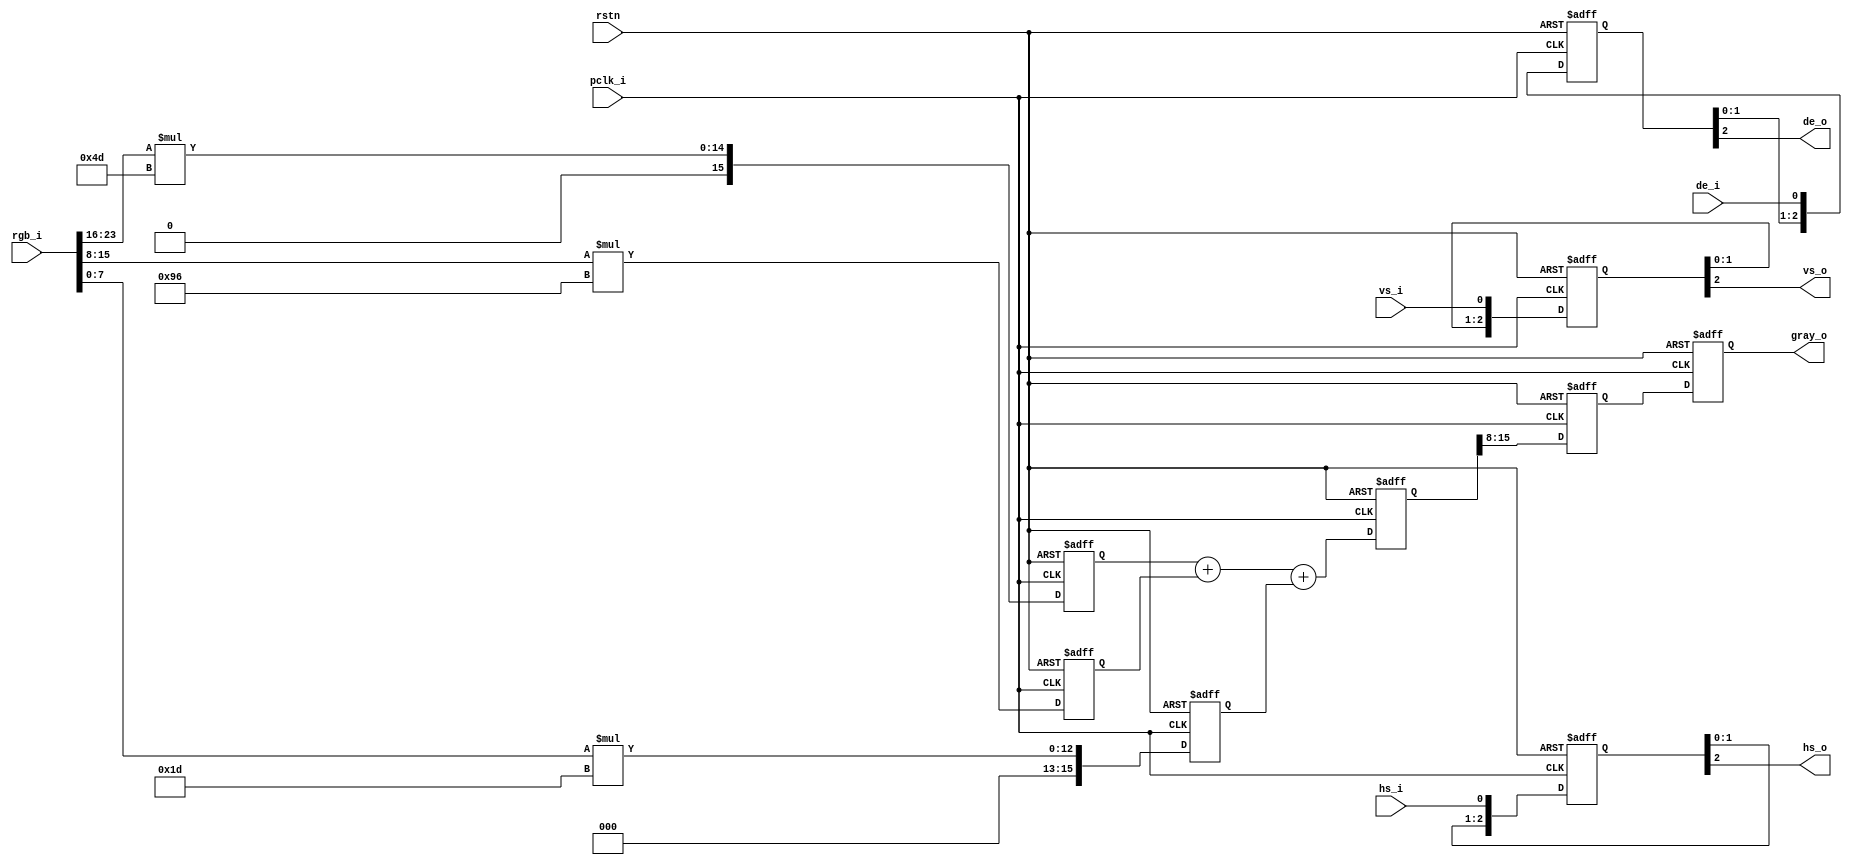
module rgb_to_gray(
input              rstn,
input    [23:0]    rgb_i,
input              pclk_i,
input              hs_i,
input              vs_i,
input              de_i,

output   [7:0]     gray_o,
output             hs_o,
output             vs_o,
output             de_o
);

// Y  (( 77 * R + 150 * G + 29 * B ) >> 8)
// 
reg [15:0] r_temp, g_temp, b_temp;

always @(posedge pclk_i or negedge rstn) begin
    if(~rstn) begin
        r_temp <= 16'd0;
        g_temp <= 16'd0;
        b_temp <= 16'd0;
    end
    else begin
        r_temp <= rgb_i[23:16] * 8'd77;
        g_temp <= rgb_i[15:8] * 8'd150;
        b_temp <= rgb_i[7:0] * 8'd29;
    end
end

// 
reg [15:0]  gray_temp_0;
reg [7:0]   gray_temp_1;

always @(posedge pclk_i or negedge rstn) begin
    if(~rstn) begin
        gray_temp_0 <= 16'd0;
    end
    else begin
        gray_temp_0 <= r_temp+g_temp+b_temp;
    end
end

// 
always @(posedge pclk_i or negedge rstn) begin
    if(~rstn) begin
        gray_temp_1 <= 8'd0;
    end
    else begin
        gray_temp_1 <= gray_temp_0[15:8];
    end
end

// hs,vsde,MSB
reg [2:0] hs_d, vs_d, de_d;

always @(posedge pclk_i or negedge rstn) begin
    if(~rstn) begin
        hs_d <= 3'b0;
        vs_d <= 3'b0;
        de_d <= 3'b0;
    end
    else begin
        hs_d <= {hs_d[1:0], hs_i};
        vs_d <= {vs_d[1:0], vs_i};
        de_d <= {de_d[1:0], de_i};
    end
end

// graycounterde
reg [7:0] gray_d;
always @(posedge pclk_i or negedge rstn) begin
    if(~rstn) begin
        gray_d <= 8'd0;
    end
    else begin
        gray_d <= gray_temp_1;
    end
end

// 
assign gray_o   =   gray_d;
assign hs_o     =   hs_d[2];
assign vs_o     =   vs_d[2];
assign de_o     =   de_d[2];


endmodule